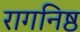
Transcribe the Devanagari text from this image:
रागनिष्ठ